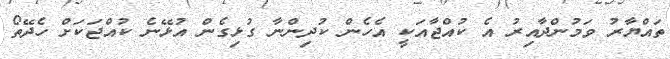
ތައްޔާރު ވަމުންދާއިރު އެ ކުއްޖާއަކީ އެހެން ކުދިންނާ ގުޅިގެން އުޅޭނެ ކުއްޖަކަށް ހެދޭތޯ